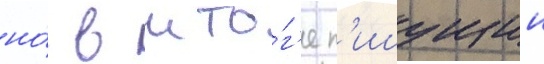
но́ в ито́г'е п'ишущии